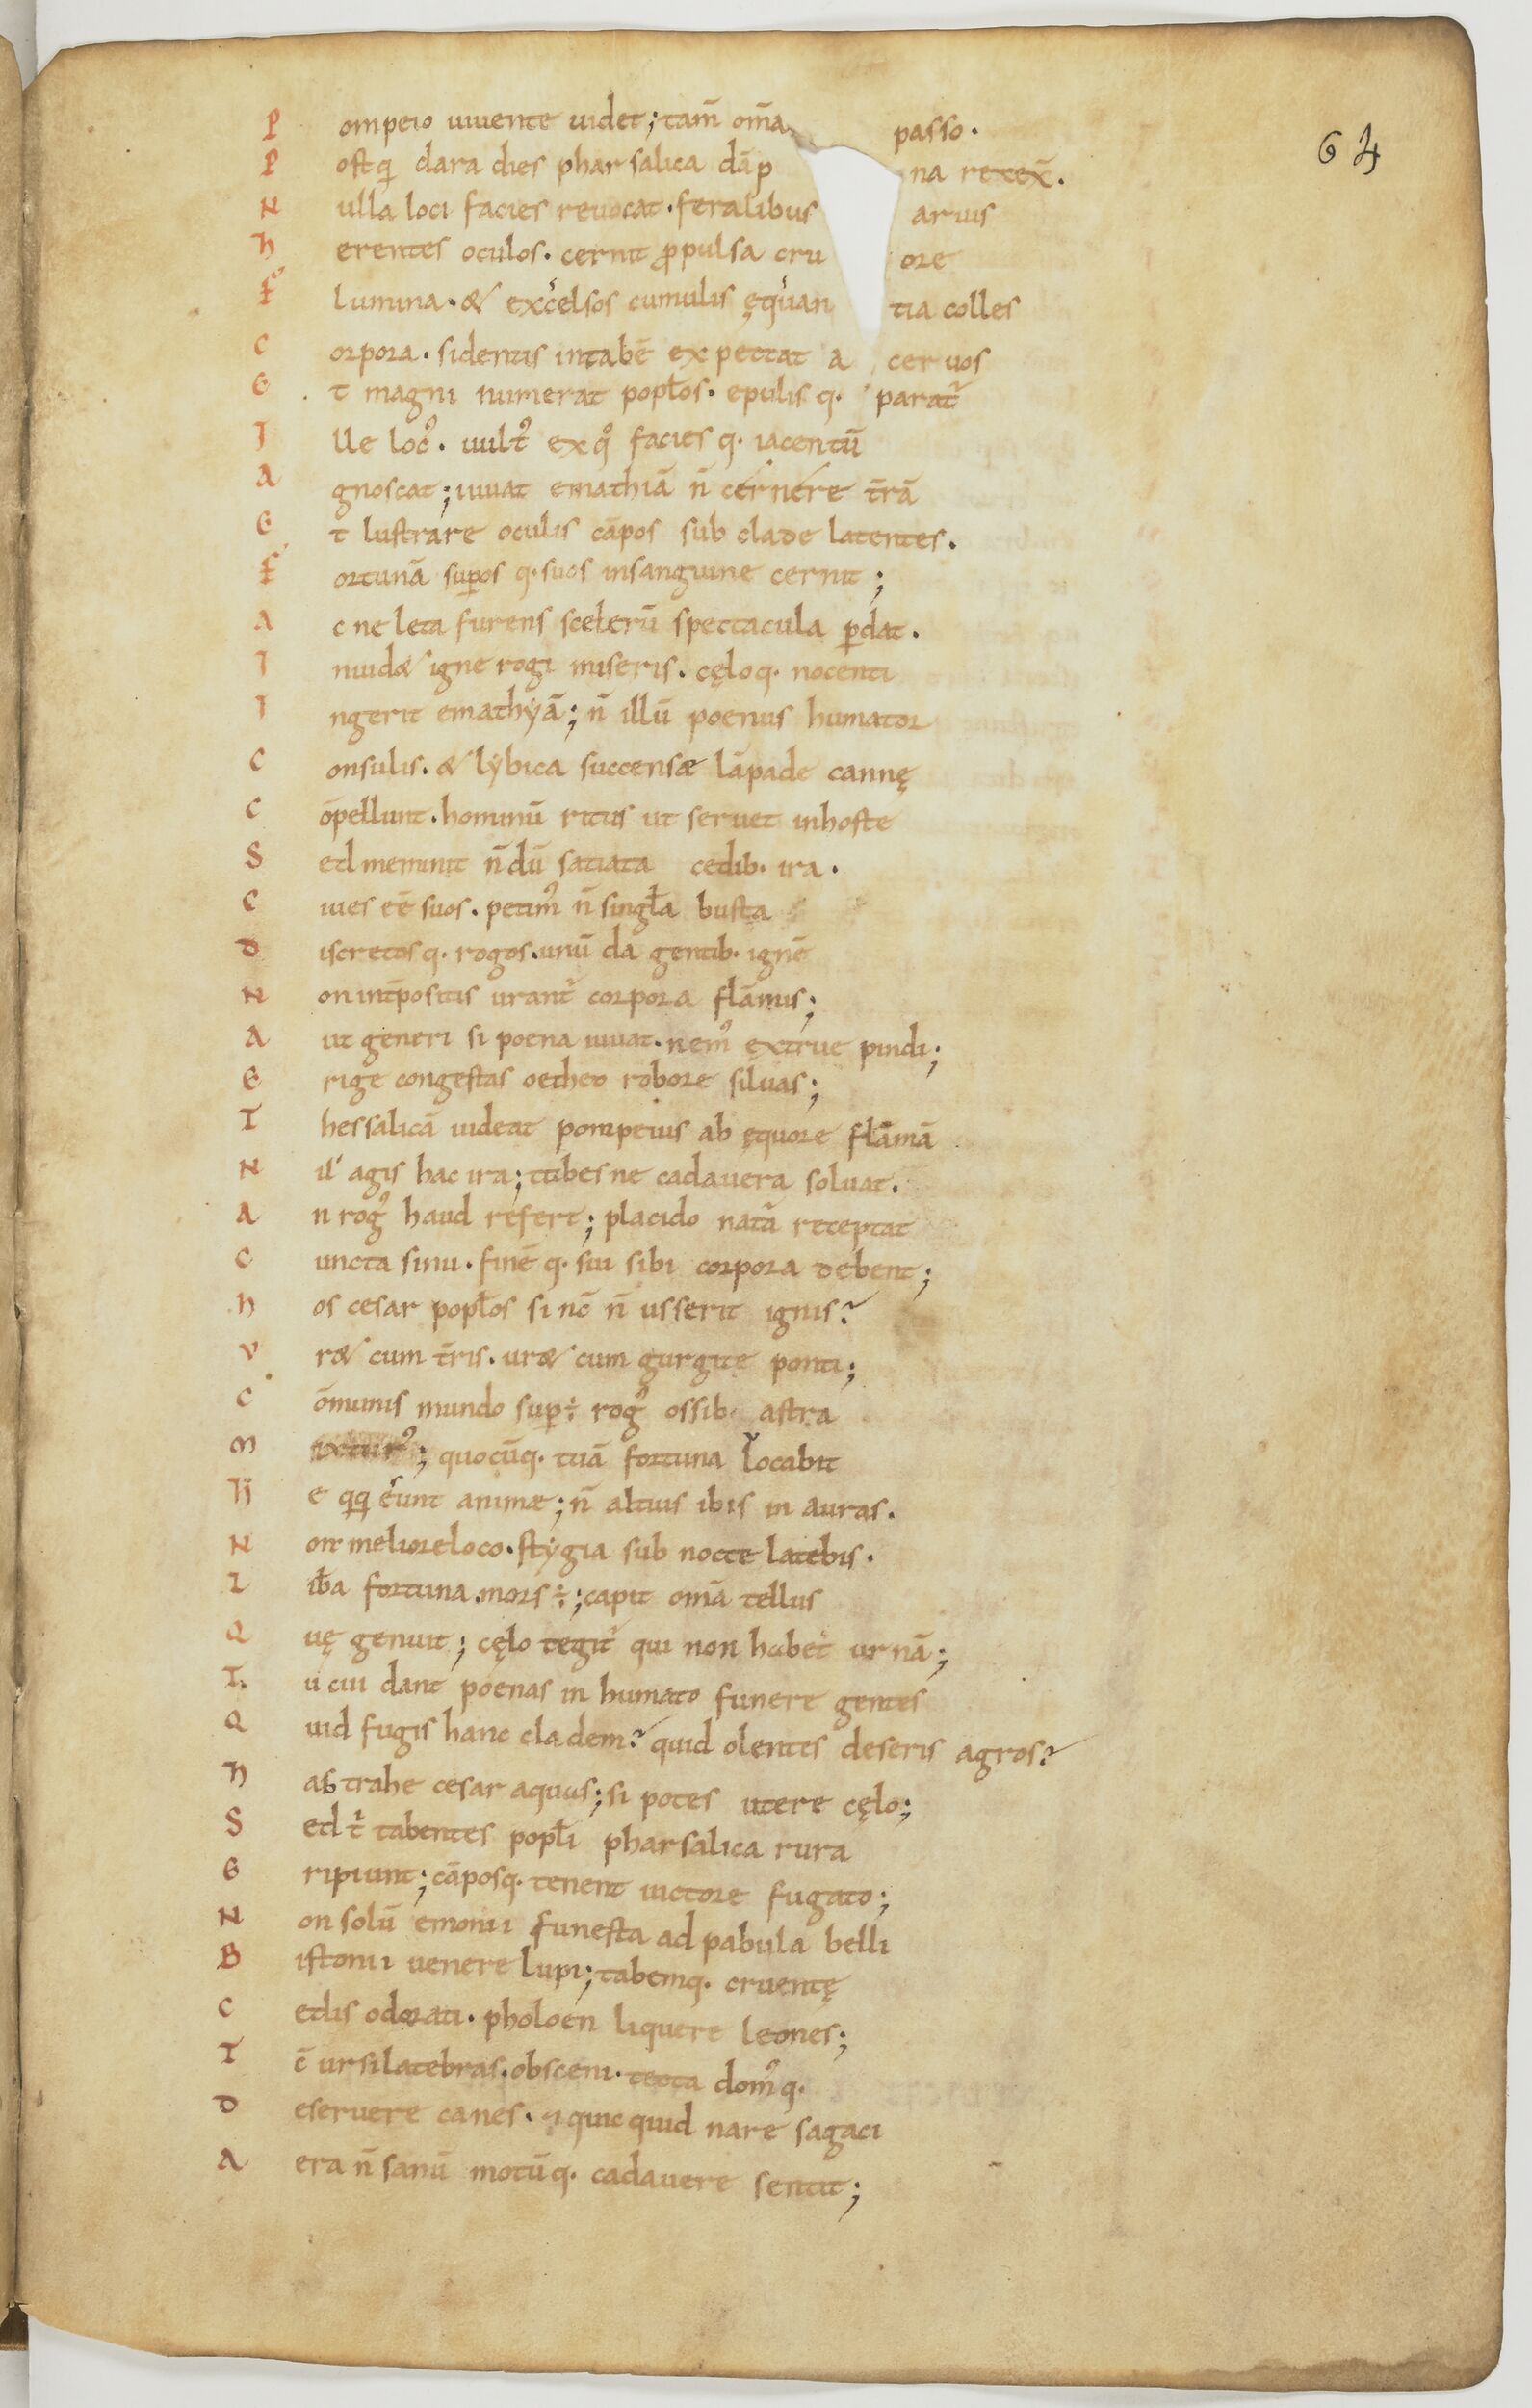
Shelfmark: Paris, BnF, lat. 17901
Century: 11